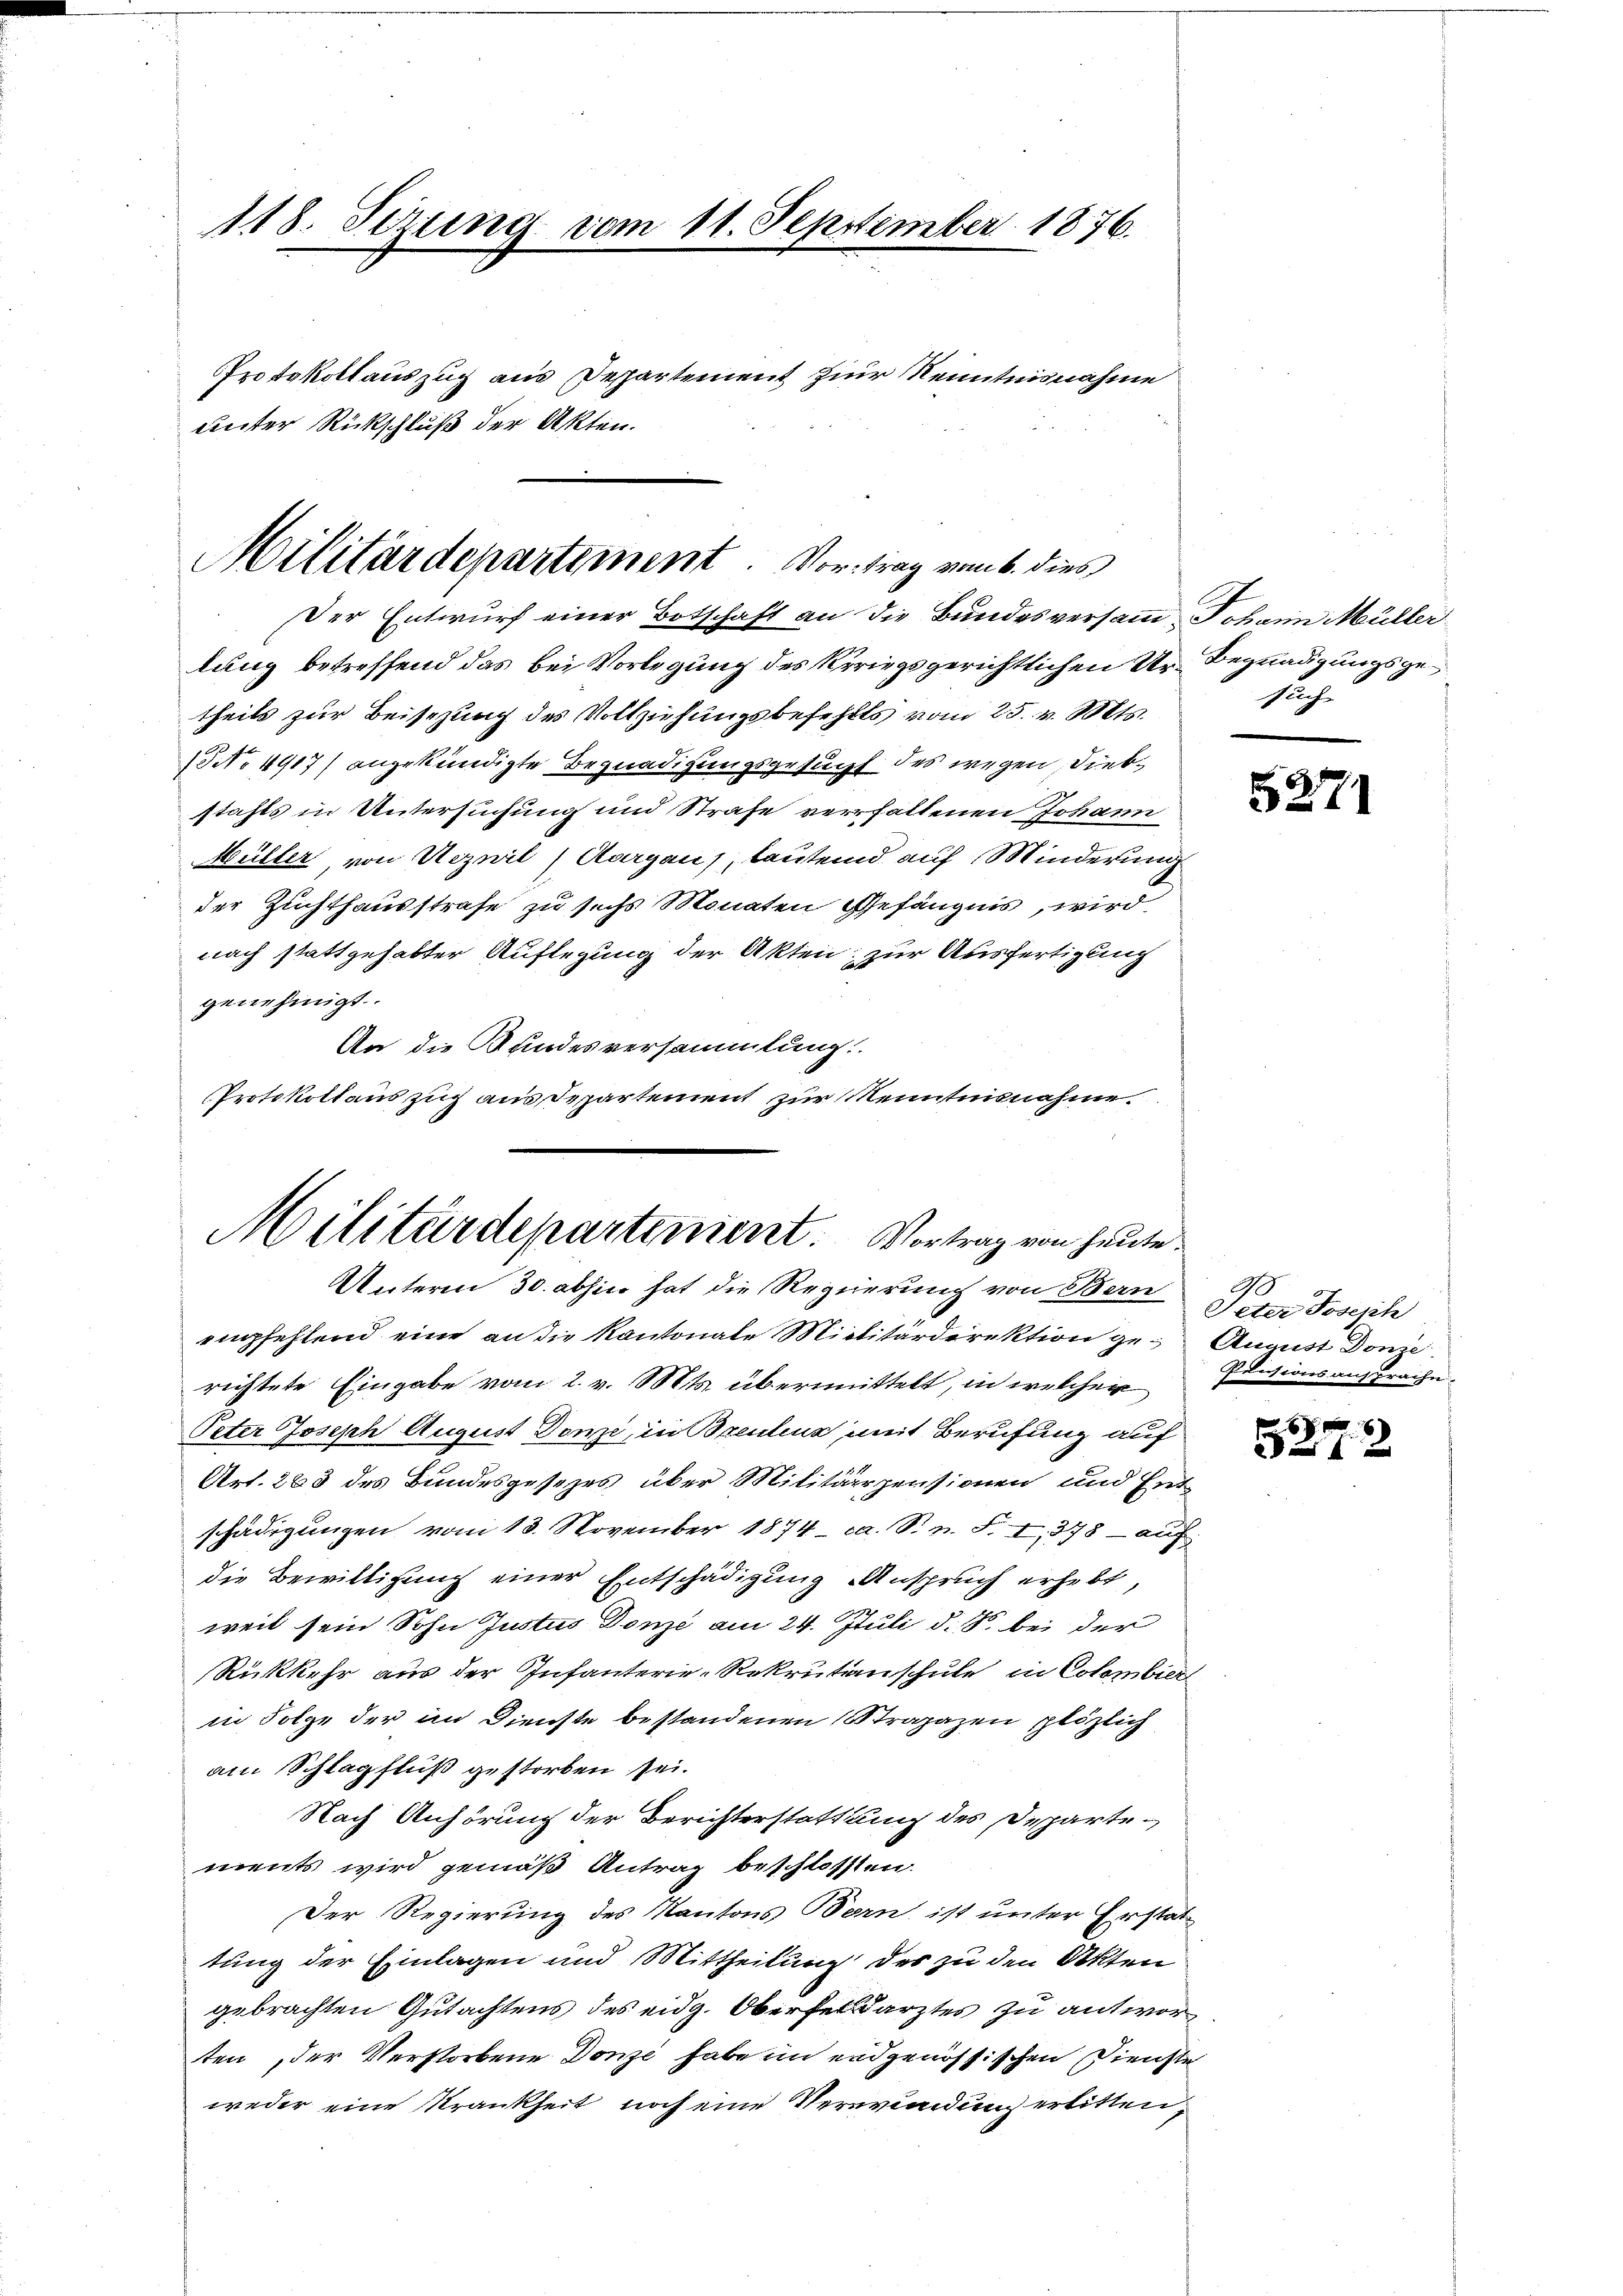
118. Seizung vom 11. September 1876.
Protokollauszug aus Departement zur Kenntnisnahme
unter Rückschluß der Akten.

Militärdepartement. Vortrag vom 6. dies

Der Entwurf einer Botschaft an die Bundesversamm Johann Müller
lung betreffend das bei Vorlegung des Kriegsgerichtlichen Ur- Begnadigungsgetheils zur Beisezung des Vollziehungsbefehls vom 25. v. Mts.
NNo. 4917) angekündigte Begnadigungsgesucht des wegen Diebstahls in Untersuchung und Strafe verhaltenen Johann
Müller, von Vizeil) Aargau, lautend auf Minderung
der Zuchthausstrafe zu sechs Monaten Gefängnis, wird
nach stattgehabter Auflegung der Akten; zur Ausfertigung
genehmigt.
An die Kundesversammlung
Protokollauszug aus Departement zur Kenntnisnahme.

Militärdepartement. Vortrag von heute
Unterm 30. abhin hat die Regierung von Bern Peter Joseph

sache

empfehlend eine an die Kantonale Militärdirektion ge-August Donze
richtete Eingabe vom 2. v. Mts. übermittelt, in welcher
Peter Joseph August Done, in Breulenz mit Berufung auf
Art. 263 des Bundesgesezes über Militärspensionen und Entschädigungen vom 13. November 1874 - ca. S. n. F. I. 378 - auf
die Bewilligung einer Entschädigung Anspruch erhebt,
weil sein Sohn Justus Donze am 24. Juli d. M. bei der
Rükkehr aus der Infanterie-Rekrutinschule in Colombier
in Folge der in Dienste bestandenen Strapazen plözlich
am Schlagfluß gestorben sei.
Nach Anhörung der Berichterstattung des Departements wird gemäß Antrag beschlossen:
Der Regierung des Kantons Bern ist unter Erstattung der Einlagen und Mittheilung des zu den Akten
gebrachten Gutachtens des eidg. Oberfeldarztes zu antworten, der Verstorbene Donze habe im eidgenössischen Dienste
weder eine Krankheit noch eine Verwundung erbitten,

5271

2
Pensionsansprache.

6
a